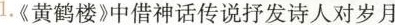
1.《黄鹤楼》中借神话传说抒发诗人对岁月